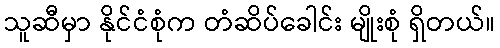
သူဆီမှာ နိုင်ငံစုံက တံဆိပ်ခေါင်း မျိုးစုံ ရှိတယ်။